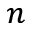
_ n